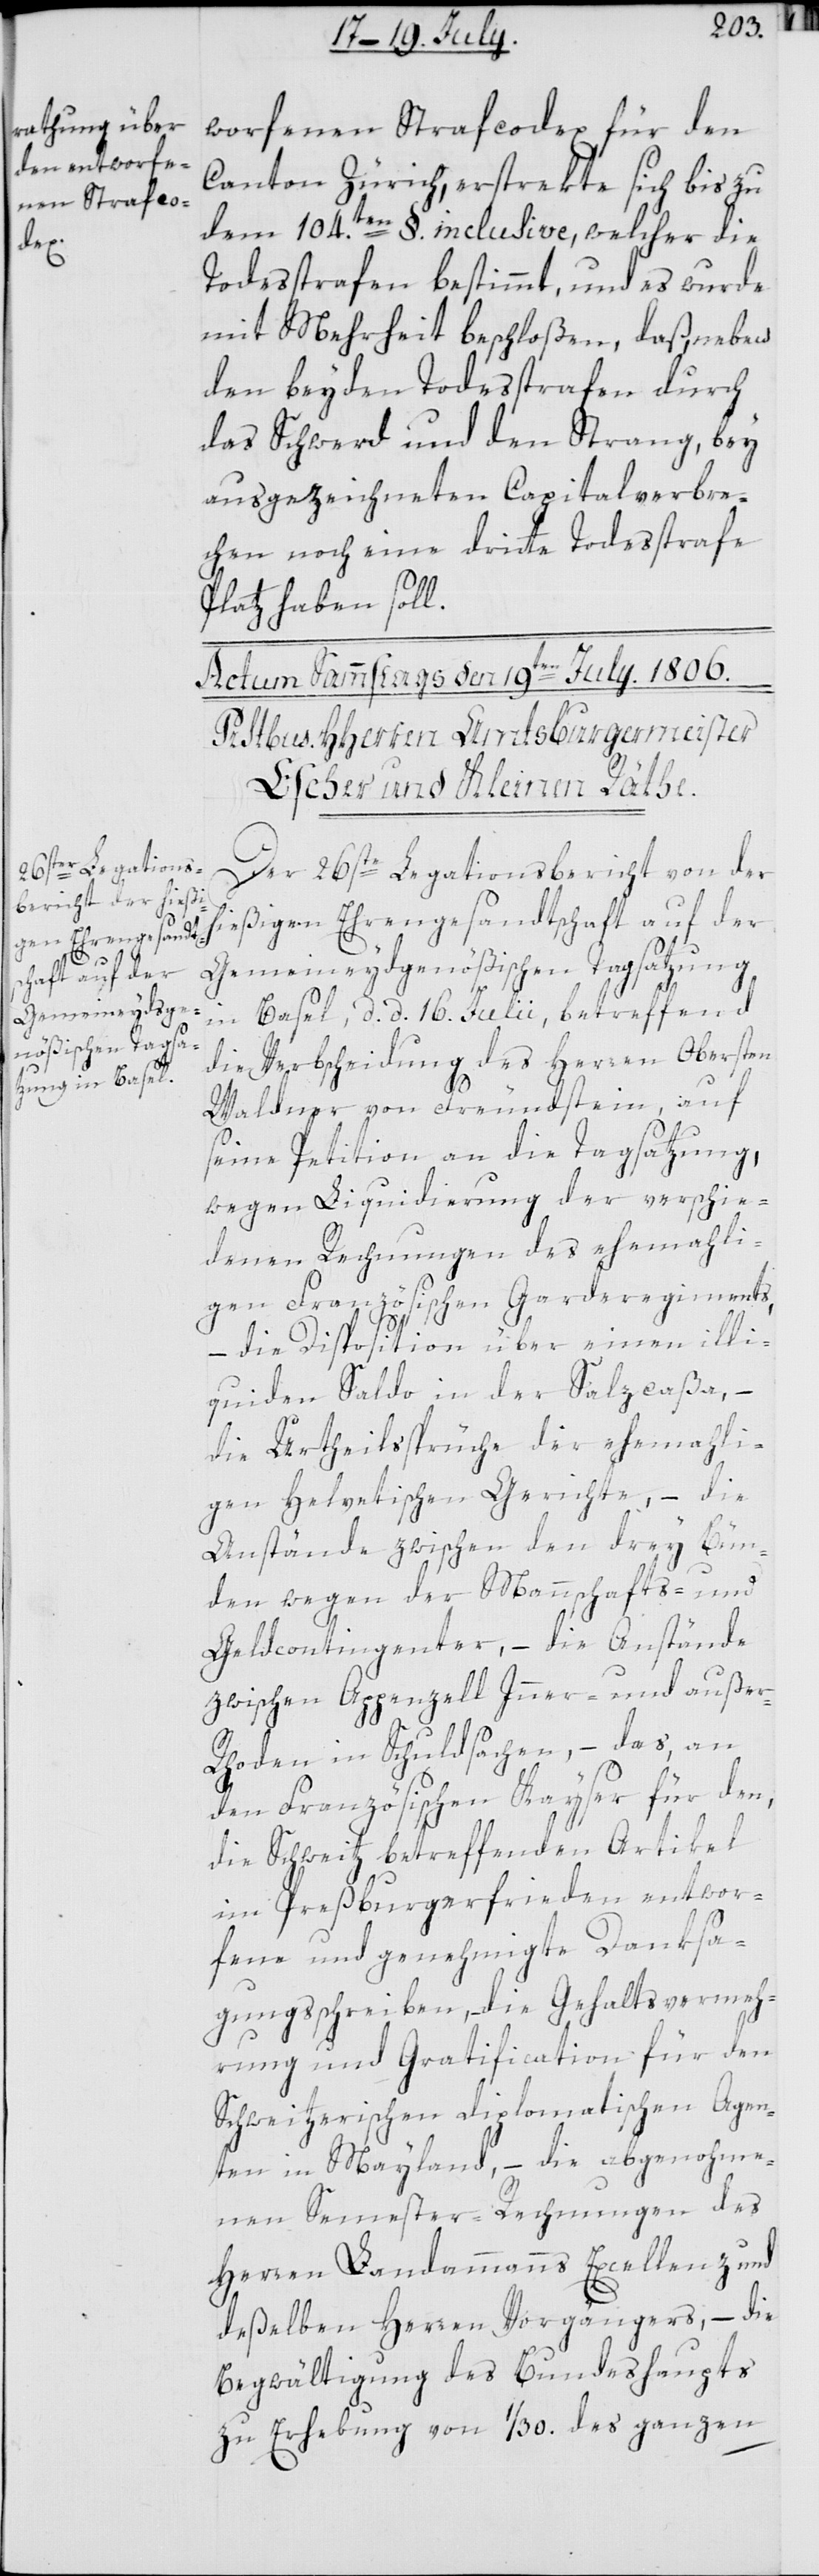
h¬
worfenen Strafcodex für den
Canton Zürich, erstreckte sich bis zu
dem 104.ten §. inclusive, welcher die
Todesstrafen bestimmt, und es wurde
mit Mehrheit beschloßen, daß neben
den beyden Todesstrafen durch
das Schwerd und den Strang, bey
ausgezeichneten Capitalverbre¬
chen noch eine dritte Todesstrafe
Platz haben soll.
Der 26ste Legationsbericht von der
ießigen Ehrengesandtschaft auf der
Gemeineydgenößischen Tagsatzung
in Basel, d. d. 16. Julii, betreffend
die Verbscheidung des Herren Obersten
Waldner von Freundstein, auf
seine Petition an die Tagsatzung,
wegen Liquidierung der verschie¬
denen Rechnungen des ehemali¬
gen Französischen Garderegiments,
die Disposition über einen illi¬
quiden Saldo in der Salzcaßa, –
die Urtheilssprüche der ehemahli¬
gen Helvetischen Gerichte, –die
Anstände zwischen den drey Bün¬
den wegen der Mannschafts- und
Geldcontingenter, – die Anstände
zwischen Appenzell Inner- und auße¬
r-Rhoden in Schuldsachen, – das, an
den Französischen Kayser für den,
die Schweitz betreffenden Artikel
im Preßburgerfrieden entwor¬
fene und genehmigte Danksa¬
gungsschreiben, die Gehaltsvermeh¬
rung und Gratification für den
Schweitzerischen diplomatischen Agen¬
ten in Mayland, – die abgenohme¬
nen Semester-Rechnungen des
Herren Landammanns Excellenz und
deßelben Herren Vorgängers, – die
Begwältigung des Bundeshaupts
zu Erhebung von 1/30. des ganzen